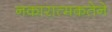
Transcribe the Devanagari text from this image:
नकारात्मकतेने